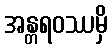
အန္တရဝဿမှိ